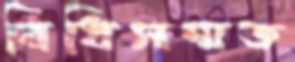
বিধিসম্মত